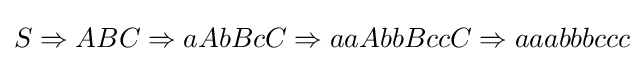
S\Rightarrow ABC\Rightarrow aAbBcC\Rightarrow aaAbbBccC\Rightarrow aaabbbccc